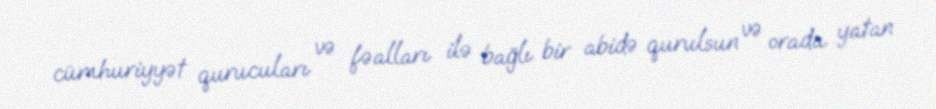
cümhuriyyət qurucuları və fəalları ilə bağlı bir abidə qurulsun və orada yatan